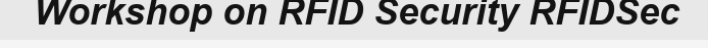
Workshop on RFID Security RFIDSec